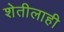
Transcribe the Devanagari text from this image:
शेतीलाही